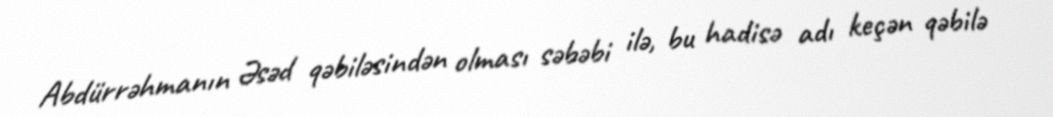
Abdürrəhmanın Əsəd qəbiləsindən olması səbəbi ilə, bu hadisə adı keçən qəbilə